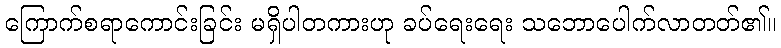
ကြောက်စရာကောင်းခြင်း မရှိပါတကားဟု ခပ်ရေးရေး သဘောပေါက်လာတတ်၏။